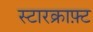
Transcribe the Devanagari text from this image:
स्टारक्राफ़्ट